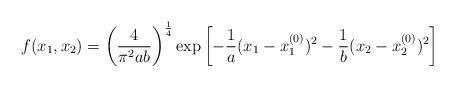
LaTeX: \begin{align*}f (x_1, x_2) = \left(\frac{4}{\pi^2 ab} \right)^{\frac{1}{4}} \exp \left[ - \frac{1}{a} (x_1 -x_1^{(0)})^2 - \frac{1}{b} (x_2 - x_2^{(0)})^2 \right]\end{align*}